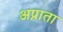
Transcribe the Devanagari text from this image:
अप्नाता